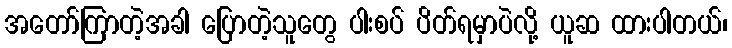
အတော်ကြာတဲ့အခါ ပြောတဲ့သူတွေ ပါးစပ် ပိတ်ရမှာပဲလို့ ယူဆ ထားပါတယ်၊